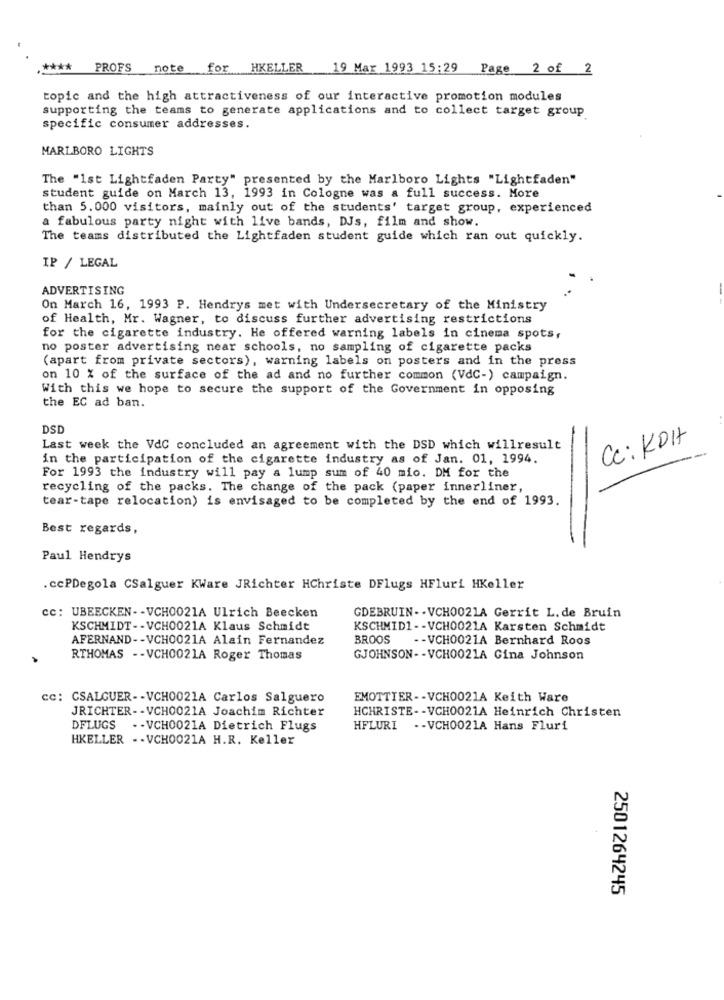
.**** PROFS
note for HKELLER
19 Mar 1993 15:29 Page 2 of 2
topic and the high attractiveness of our interactive promotion modules
supporting the teams to generate applications and to collect target group
specific consumer addresses.
MARLBORO LIGHTS
The "Ist Lightfaden Party" presented by the Marlboro Lights "Lightfaden"
student guide on March 13, 1993 in Cologne was a full success. More
than 5. 000 visitors, mainly out of the students' target group, experienced
a fabulous party night with live bands, DJs, film and show.
The teams distributed the Lightfaden student guide which ran out quickly.
IP / LEGAL
ADVERTISING
On March 16, 1993 P. Hendrys met with Undersecretary of the Ministry
of Health, Mr. Wagner, to discuss further advertising restrictions
for the cigarette industry. He offered warning labels in cinema spots,
no poster advertising near schools, no sampling of cigarette packs
(apart from private sectors), warning labels on posters and in the press
on 10 % of the surface of the ad and no further common (VdC-) campaign.
With this we hope to secure the support of the Government in opposing
the EC ad ban.
DSD
Cc: KOH
Last week the VdC concluded an agreement with the DSD which willresult
in the participation of the cigarette industry as of Jan. 01, 1994.
For 1993 the industry will pay a lump sum of 40 mio. DM for the
recycling of the packs. The change of the pack (paper innerliner,
tear-tape relocation) is envisaged to be completed by the end of 1993.
Best regards,
Paul Hendrys
. ccPDegola CSalguer KWare JRichter HChriste DFlugs HFluri HKeller
cc: UBEECKEN -- VCH0021A Ulrich Beecken
GDEBRUIN -- VCH0021A Gerrit L. de Bruin
KSCHMIDT -- VCH0021A Klaus Schmidt
KSCHMID1 -- VCH0021A Karsten Schmidt
AFERNAND -- VCH0021A Alain Fernandez
BROOS -- VCH0021A Bernhard Roos
RTHOMAS - - VCH0021A Roger Thomas
GJOHNSON -- VCH0021A Gina Johnson
cc: CSALGUER -- VCH0021A Carlos Salguero
EMOTTIER -- VCH0021A Keith Ware
JRICHTER -- VCH0021A Joachim Richter
HCHRISTE -- VCH0021A Heinrich Christen
DFLUGS
.- VCH0021A Dietrich Flugs
HFLURI - - VCH0021A Hans Fluri
HKELLER -- VCH0021A H.R. Keller
2501264245